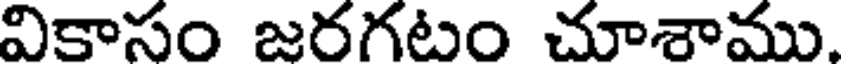
వికాసం జరగటం చూశాము.